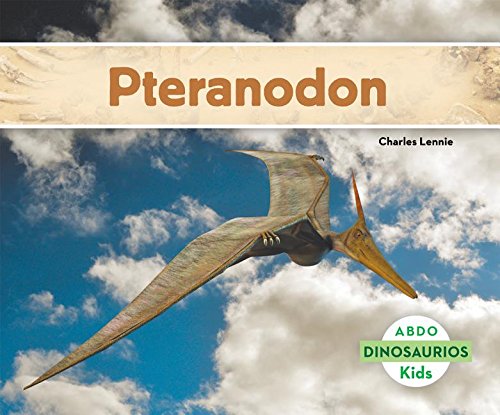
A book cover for Pteranodon (Abdo Kids: Dinosaurios) (Spanish Edition); Charles Lennie; Children's Books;